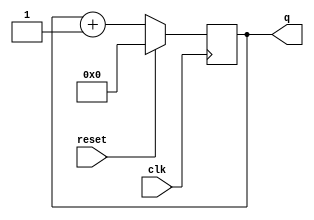
module top_module (
    input clk,
    input reset,      // Synchronous active-high reset
    output [3:0] q);
	
    always @(posedge clk)
        begin
            if(reset)
                q <= 4'h0;
            else
             	q <= q+1;
        end
endmodule